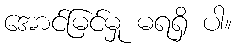
အောင်မြင်မှု မရရှိ ပါ။